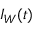
I _ { W } ( t )